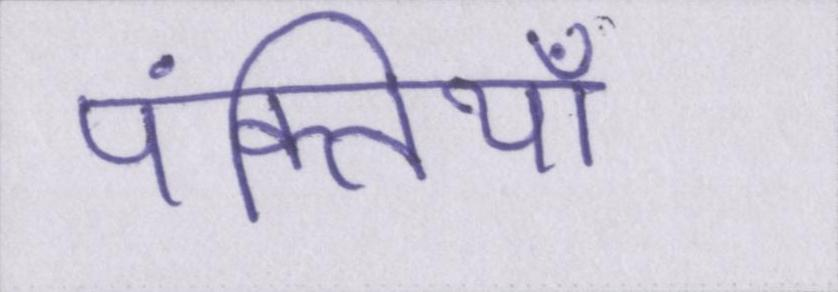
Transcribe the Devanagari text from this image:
पंक्तियाँ